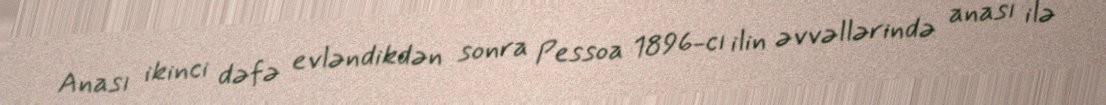
Anası ikinci dəfə evləndikdən sonra Pessoa 1896-cı ilin əvvəllərində anası ilə